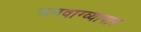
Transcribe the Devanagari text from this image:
जनवाग्व्यापार